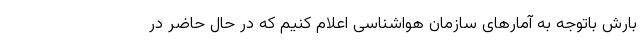
بارش باتوجه به آمارهای سازمان هواشناسی اعلام کنیم که در حال حاضر در